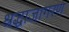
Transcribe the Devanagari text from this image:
श्रद्धाजागरण